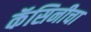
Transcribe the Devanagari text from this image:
कॅसिनीचा